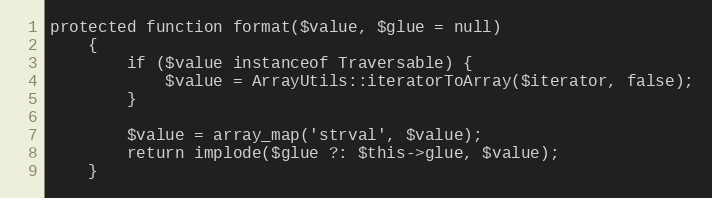
Language: PHP
protected function format($value, $glue = null)
    {
        if ($value instanceof Traversable) {
            $value = ArrayUtils::iteratorToArray($iterator, false);
        }

        $value = array_map('strval', $value);
        return implode($glue ?: $this->glue, $value);
    }